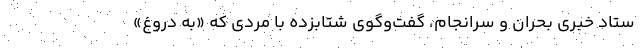
ستاد خبری بحران و سرانجام، گفت‌و‌گوی شتابزده با مردی که «به دروغ»